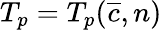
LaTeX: T_{p}=T_{p}(\overline{{c}},n)